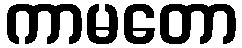
ကာမတော